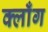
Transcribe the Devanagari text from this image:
क्लाँग